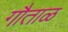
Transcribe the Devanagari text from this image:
गौताळ